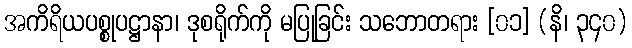
အကိရိယပစ္စုပဋ္ဌာနာ၊ ဒုစရိုက်ကို မပြုခြင်း သဘောတရား [၀၁] (နိ၊ ၃၄၀)